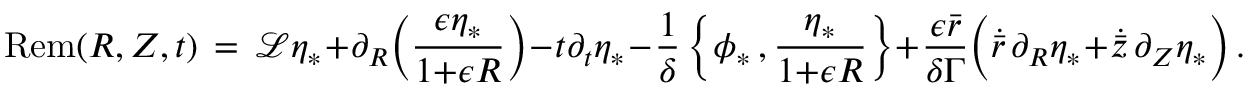
\mathrm { R e m } ( R , Z , t ) \, = \, \mathcal { L } \eta _ { * } + \partial _ { R } \Bigl ( \frac { \epsilon \eta _ { * } } { 1 { + } \epsilon R } \Bigr ) - t \partial _ { t } \eta _ { * } - \frac { 1 } { \delta } \, \Bigl \{ \phi _ { * } \, , \frac { \eta _ { * } } { 1 { + } \epsilon R } \Bigr \} + \frac { \epsilon \bar { r } } { \delta \Gamma } \Bigl ( \dot { \bar { r } } \, \partial _ { R } \eta _ { * } + \dot { \bar { z } } \, \partial _ { Z } \eta _ { * } \Bigr ) \, .